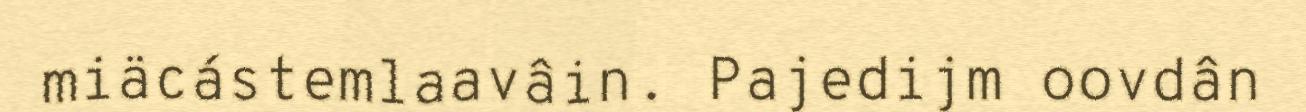
miäcástemlaavâin. Pajedijm oovdân